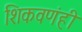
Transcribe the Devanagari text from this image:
शिकवणंही